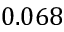
0 . 0 6 8